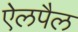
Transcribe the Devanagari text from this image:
ऐलपैल